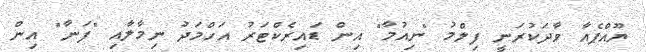
ޔޫއްޕެއާ ވާދަކުރަނީ ފިލްމު "ނިއުމާ" އިން ޑައިރެކްޓަރު އަހްމަދު ނިމާލާއި "ފަނާ" އިން